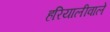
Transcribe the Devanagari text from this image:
हरियालीवाले